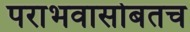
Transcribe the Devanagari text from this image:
पराभवासोबतच